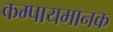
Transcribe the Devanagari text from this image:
कम्पायमानक